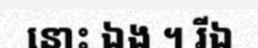
នោះ ឯង ។ រីឯ